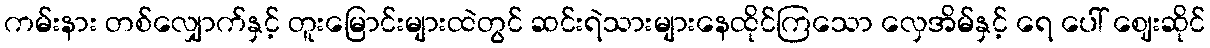
ကမ်းနား တစ်လျှောက်နှင့် တူးမြောင်းများထဲတွင် ဆင်းရဲသားများနေထိုင်ကြသော လှေအိမ်နှင့် ရေ ပေါ် ဈေးဆိုင်